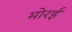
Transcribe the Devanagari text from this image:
मोरई